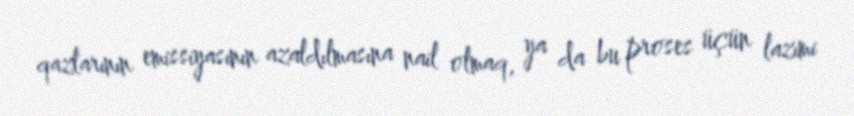
qazlarının emissiyasının azaldılmasına nail olmaq, ya da bu proses üçün lazımi